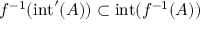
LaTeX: f ^ { - 1 } ( \operatorname { i n t } ^ { \prime } ( A ) ) \subset \operatorname { i n t } ( f ^ { - 1 } ( A ) )